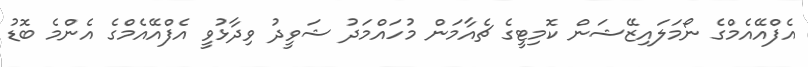
އެފްއޭއެމްގެ ނޯމަލައިޒޭޝަން ކޮމިޓީގެ ޗެއާމަން މުހައްމަދު ޝަވީދު ވިދާޅުވީ އެފްއޭއެމްގެ އެންމެ ބޮޑު